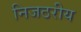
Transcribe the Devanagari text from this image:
निजठरीय